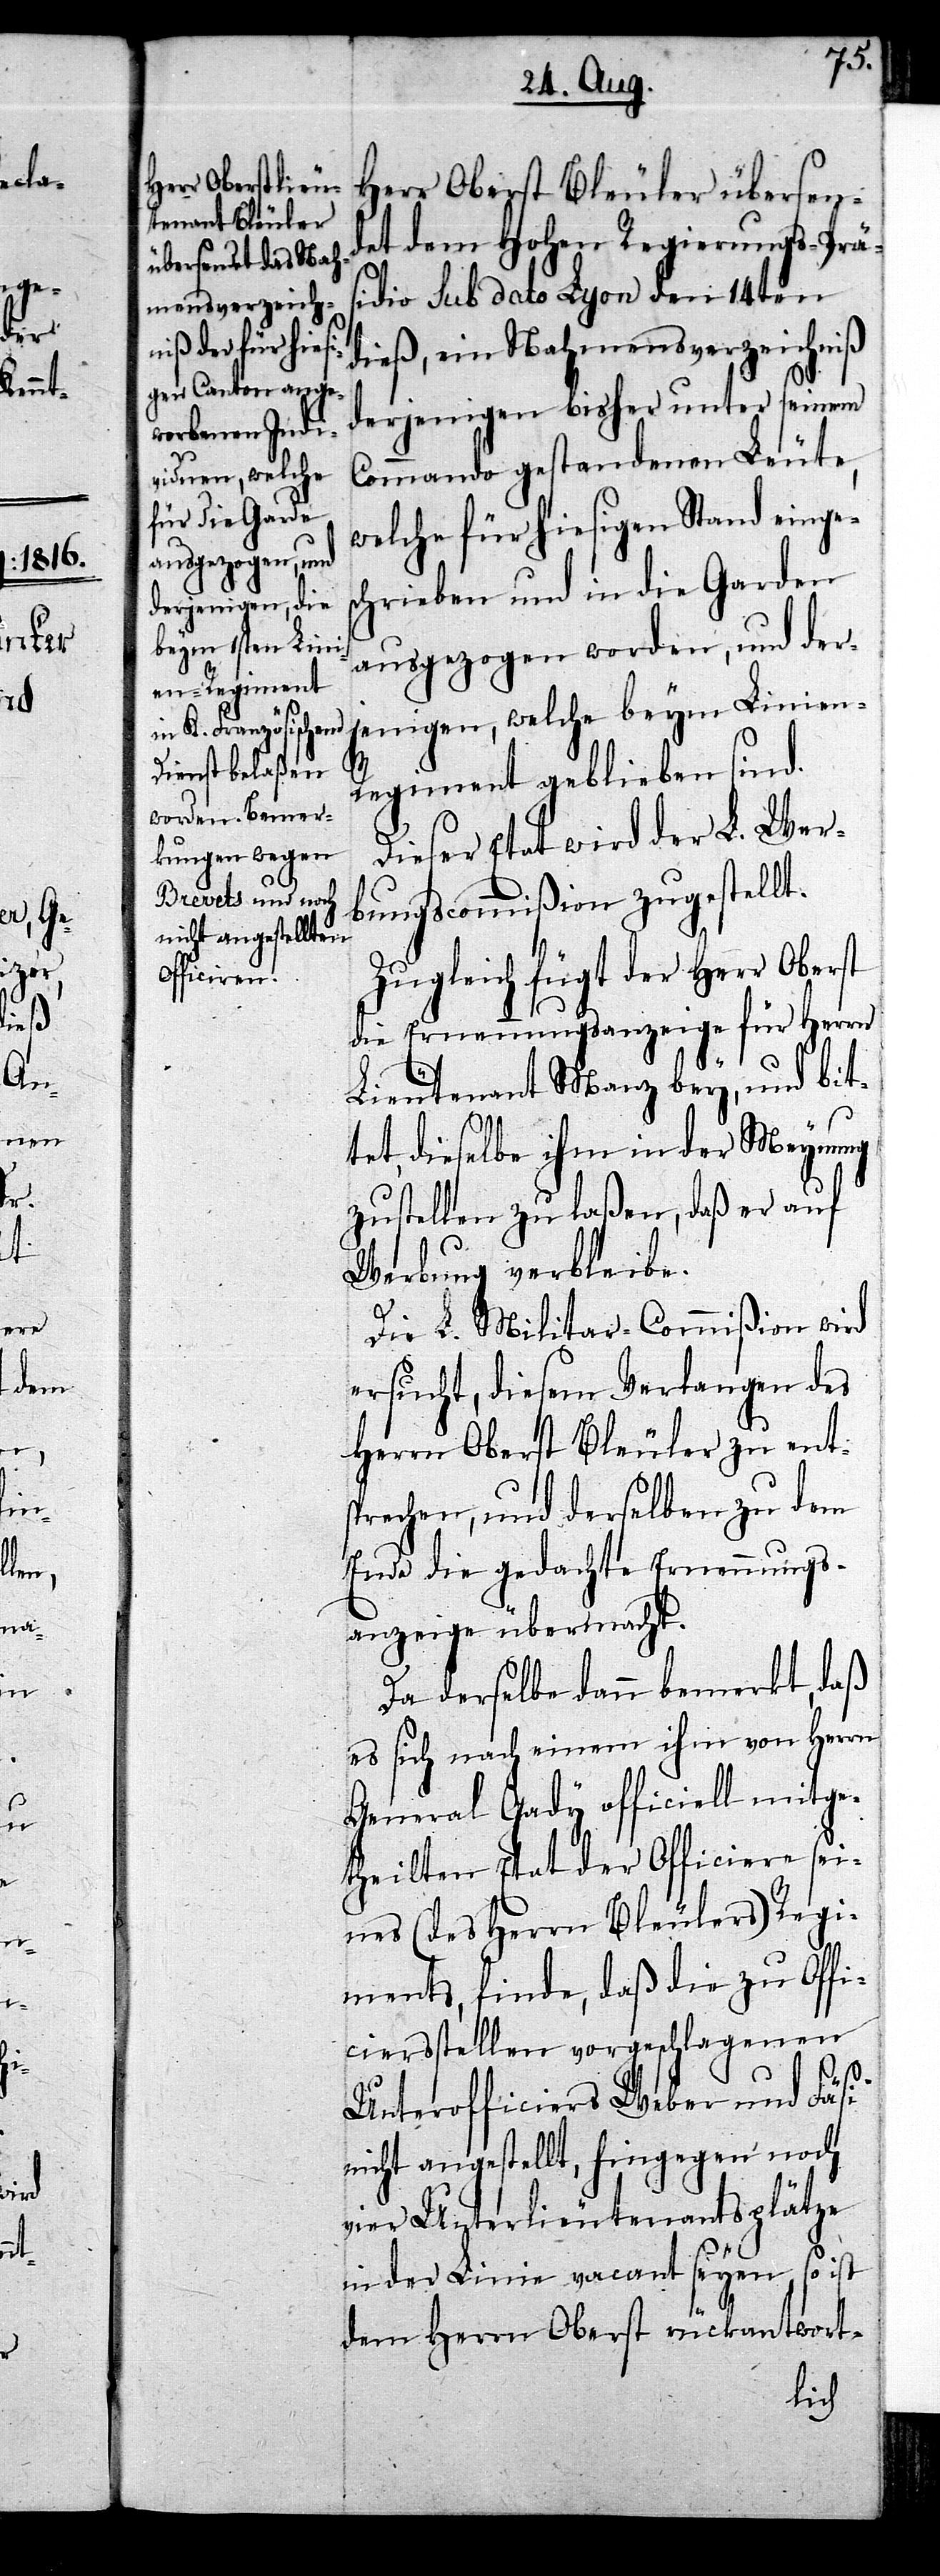
Herr Oberst Bleuler übersen¬
det dem Hohen Regierungs-Prä¬
sidio sub dato Lyon den 14ten
dieß, ein Nahmensverzeichniß
derjenigen bisher unter seinem
Commando gestandenen Leute,
welche für hiesigen Stand einges¬
chrieben und in die Garden
ausgezogen worden, und der¬
jenigen, welche beym Linien-R¬
egiment geblieben sind.
Dieser Etat wird der L. Wer¬
bungscommißion zugestellt.
Zugleich fügt der Herr Oberst
die Ernennungsanzeige für Herrn
Lieutenant Manz bey, und bit¬
tet, dieselbe ihm in der Meynung
zustellen zu laßen, daß er auf
Werbung verbleibe.
Die L. Militar-Commißion wird
ersucht, diesem Verlangen des
Herrn Oberst Bleuler zu ent¬
sprechen, und derselben zu dem
Ende die gedachte Ernennungs¬
anzeige übermacht.
Da derselbe dann bemerkt, daß
es sich nach einem ihm von Herrn
General Gady officiell mitge¬
theilten Etat der Officiere sei¬
nes (des Herrn Bleulers) Regi¬
ments, finde, daß die zu Offi¬
ciersstellen vorgeschlagenen
Unterofficiers Weber und Fäsi
nicht angestellt, hingegen noch
vier Unterlieutenantsplätze
in der Linie vacant seyen, so ist
dem Herrn Oberst rückantwort-